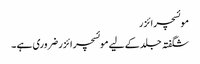
موئسچرائزر
شگفتہ جلد کے لیے موئسچر ائزر ضروری ہے ۔